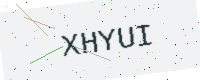
Text: XHYUI